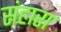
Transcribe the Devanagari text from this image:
संहारा